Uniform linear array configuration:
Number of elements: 4
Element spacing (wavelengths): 1
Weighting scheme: hamming
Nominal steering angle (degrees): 15
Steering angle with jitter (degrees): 13.687
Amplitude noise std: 0.05
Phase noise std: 0.05

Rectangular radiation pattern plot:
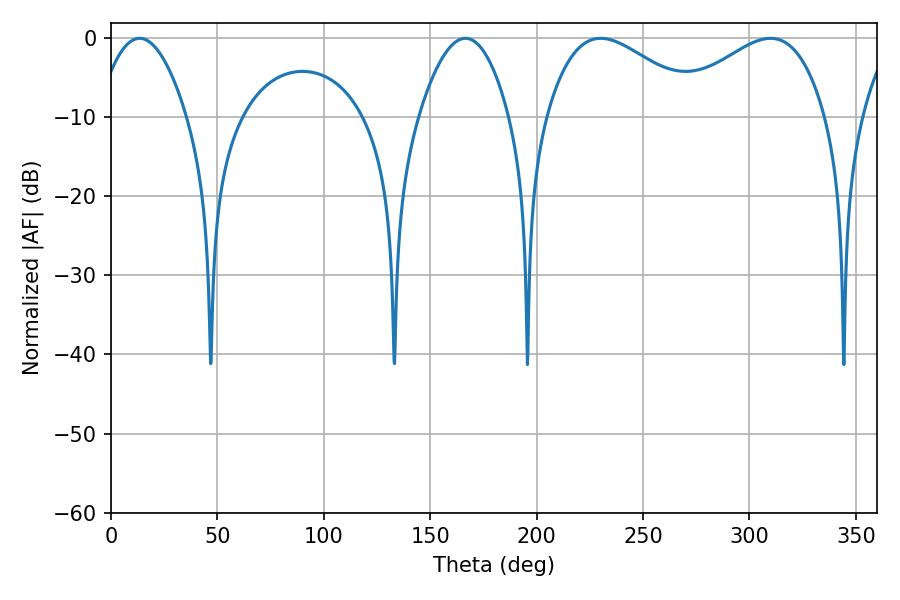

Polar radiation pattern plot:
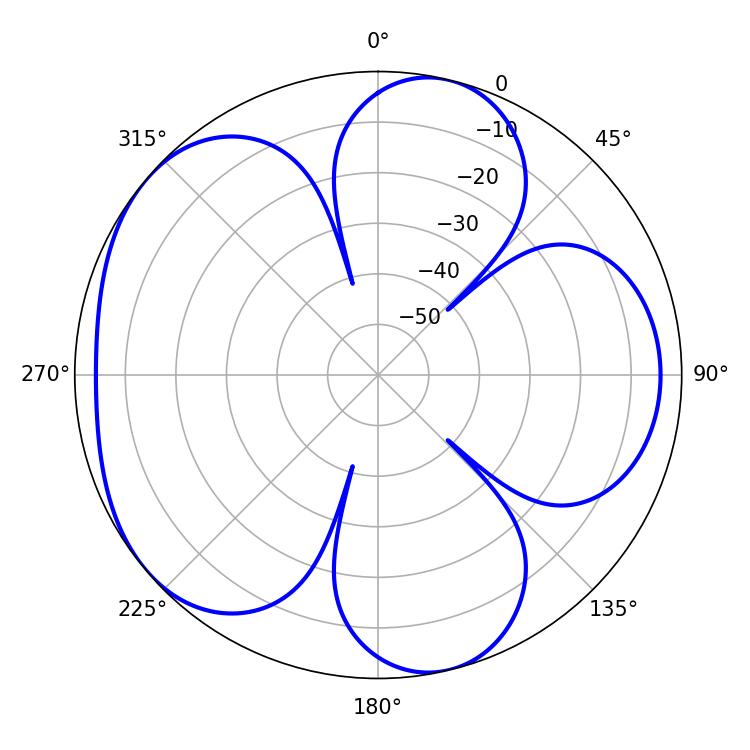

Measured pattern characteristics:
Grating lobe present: TRUE
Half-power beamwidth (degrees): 23.22
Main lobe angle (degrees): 13.5